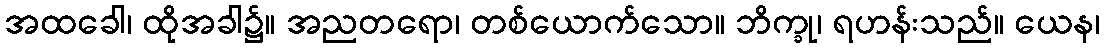
အထခေါ၊ ထိုအခါ၌။ အညတရော၊ တစ်ယောက်သော။ ဘိက္ခု၊ ရဟန်းသည်။ ယေန၊